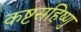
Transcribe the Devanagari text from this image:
कष्टसहिष्णु